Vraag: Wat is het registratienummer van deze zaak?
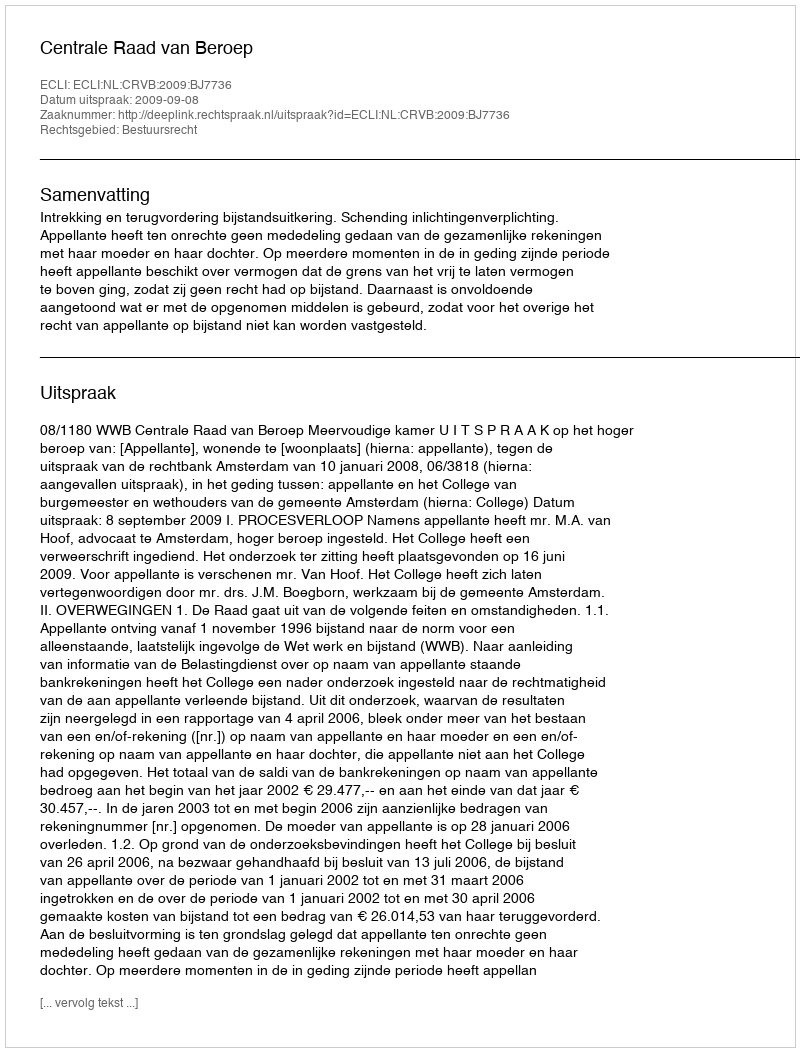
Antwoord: http://deeplink.rechtspraak.nl/uitspraak?id=ECLI:NL:CRVB:2009:BJ7736